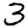
Digit: 3